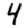
Digit: 4